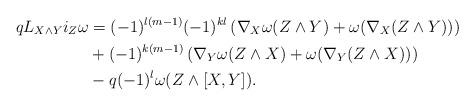
LaTeX: \begin{align*}qL_{X\wedge Y} i_Z\omega&=(-1)^{l(m-1)}(-1)^{kl}\left(\nabla_X\omega(Z\wedge Y)+\omega(\nabla_X(Z\wedge Y))\right)\\&+(-1)^{k(m-1)}\left(\nabla_Y\omega(Z\wedge X)+\omega(\nabla_Y(Z\wedge X))\right)\\&-q(-1)^l\omega(Z\wedge [X,Y]).\end{align*}